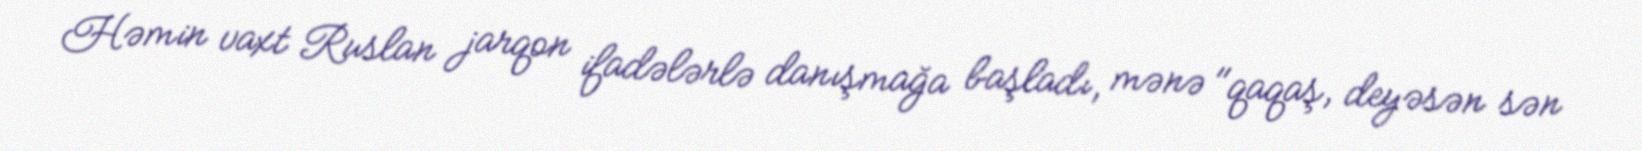
Həmin vaxt Ruslan jarqon ifadələrlə danışmağa başladı, mənə "qaqaş, deyəsən sən